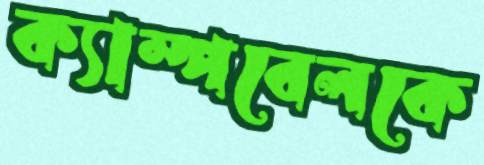
ক্যাম্পবেলকে